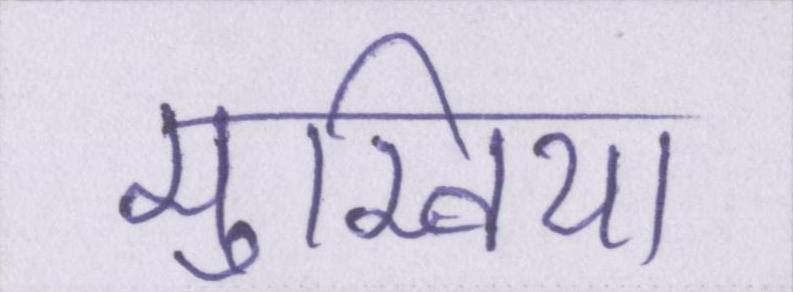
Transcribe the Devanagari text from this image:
मुखिया